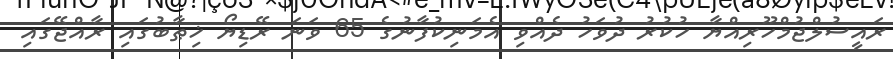
ރައީސުލްޖުމްހޫރިއްޔާ ހުކުރު ދުވަހު ދެއްވި އެމަނިކުފާނުގެ 65 ވަނަ ރޭޑިޔޯ ޚިޠާބުގައި ރާއްޖޭގައި